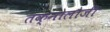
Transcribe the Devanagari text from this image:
तक्नोलौजी